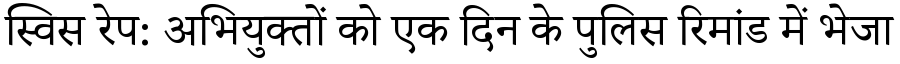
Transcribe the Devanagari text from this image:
स्विस रेप: अभियुक्तों को एक दिन के पुलिस रिमांड में भेजा